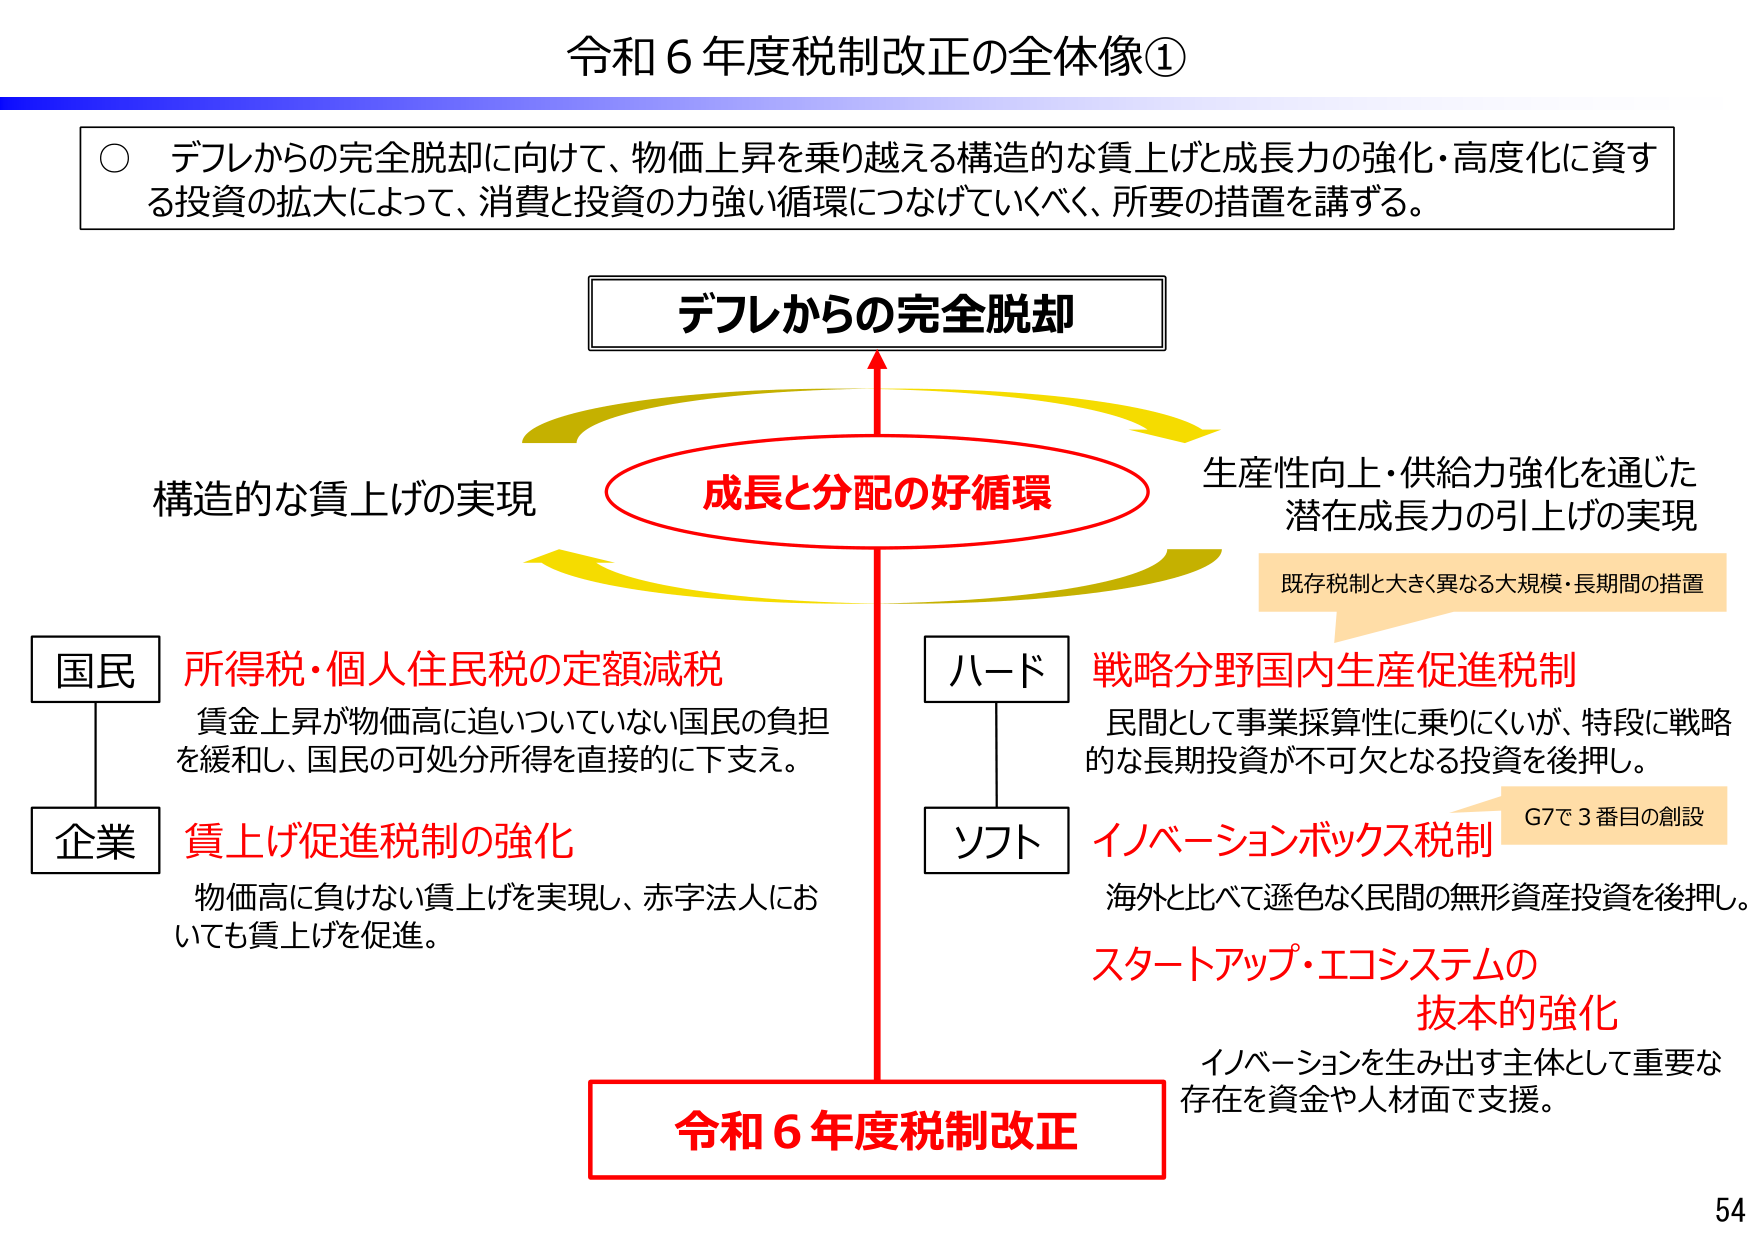
令和６年度税制改正の全体像①

○ デフレからの完全脱却に向けて、物価上昇を乗り越える構造的な賃上げと成長力の強化・高度化に資する投資の拡大によって、消費と投資の力強い循環につなげていくべく、所要の措置を講ずる。

デフレからの完全脱却

成長と分配の好循環

構造的な賃上げの実現

国民
所得税・個人住民税の定額減税
賃金上昇が物価高に追いついていない国民の負担を緩和し、国民の可処分所得を直接的に下支え。

企業
賃上げ促進税制の強化
物価高に負けない賃上げを実現し、赤字法人においても賃上げを促進。

ハード
戦略分野国内生産促進税制
民間として事業採算性に乗りにくいが、特段に戦略的な長期投資が不可欠となる投資を後押し。

ソフト
イノベーションボックス税制
海外と比べて遜色なく民間の無形資産投資を後押し。

スタートアップ・エコシステムの
抜本的強化
イノベーションを生み出す主体として重要な存在を資金や人材面で支援。

生産性向上・供給力強化を通じた
潜在成長力の引上げの実現

既存税制と大きく異なる大規模・長期間の措置

G7で３番目の創設

令和６年度税制改正

54